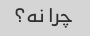
چرا نه؟